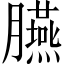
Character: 臙